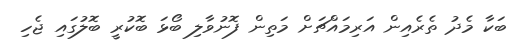
ބަކާ މެދު ތެރެެއިން އަރިމައްޗަށް މަތިން ފޮނުވާލި ބޯޅަ ބޮކުރީ ބޮލުގައި ޖެހި